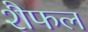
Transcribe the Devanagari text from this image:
शैफल